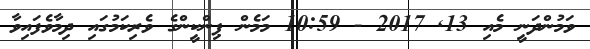
ވަމުންދަނީ މެއި 13